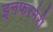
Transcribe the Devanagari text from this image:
इनफरमैरी